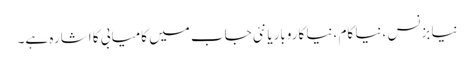
نیا بزنس ،نیا کام ،نیا کاروباریا نئی جاب میں کامیابی کا اشارہ ہے۔